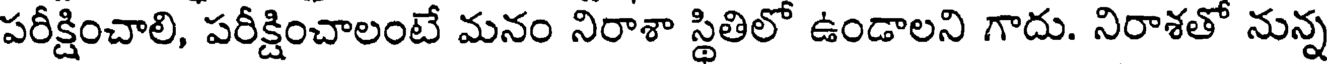
పరీక్షించాలి, పరీక్షించాలంటే మనం నిరాశా స్థితిలో ఉండాలని గాదు. నిరాశతో నున్న